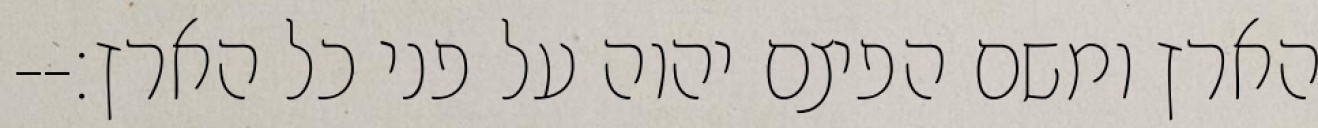
הארץ ומשם הפיצם יהוה על פני כל הארץ׃--